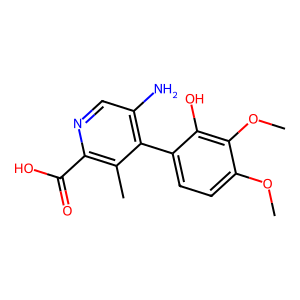
SMILES: COc1ccc(-c2c(N)cnc(C(=O)O)c2C)c(O)c1OC
Inhibits HIV replication: No